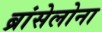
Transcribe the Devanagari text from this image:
ब्रांसेलोना